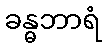
ခန္ဓဘာရံ